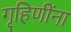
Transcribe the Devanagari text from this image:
गृहिणींना